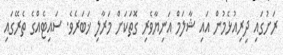
ރަށުގައި ދިރިއުޅެމުން އައި ޝާލަމް އަނިޔާވެރި ގޮތަކަށް މަރާލި ޚަބަރެވެ. ސައިޓެއްގެ ތެރޭގައި